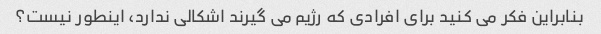
بنابراین فکر می کنید برای افرادی که رژیم می گیرند اشکالی ندارد، اینطور نیست؟